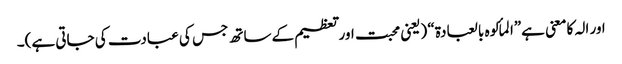
اور الہ کامعنی ہے”المألوہ بالعبادۃ“ (یعنی محبت اورتعظیم کےساتھ جس کی عبادت کی جاتی ہے)۔